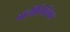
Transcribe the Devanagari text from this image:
पॉलीसिलिकेट